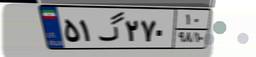
۵۱گ۲۷۰۱۰